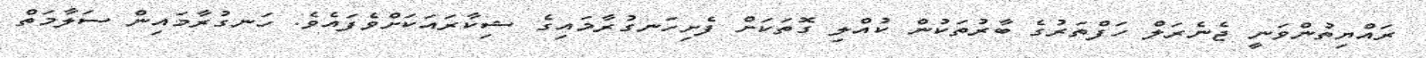
ރައްޔިތުންވަނީ ޖެނެރަލް ހަފްތަރުގެ ބާރުތަކުން ކުއްލި ގޮތަކަށް ފެށިހަނގުރާމައިގެ ޝިކާރައަކަށްވެފައެވެ. ހަނގުރާމައިން ސަލާމަތް